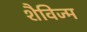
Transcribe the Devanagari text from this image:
शैविज्म